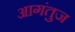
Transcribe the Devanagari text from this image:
आगंतुज